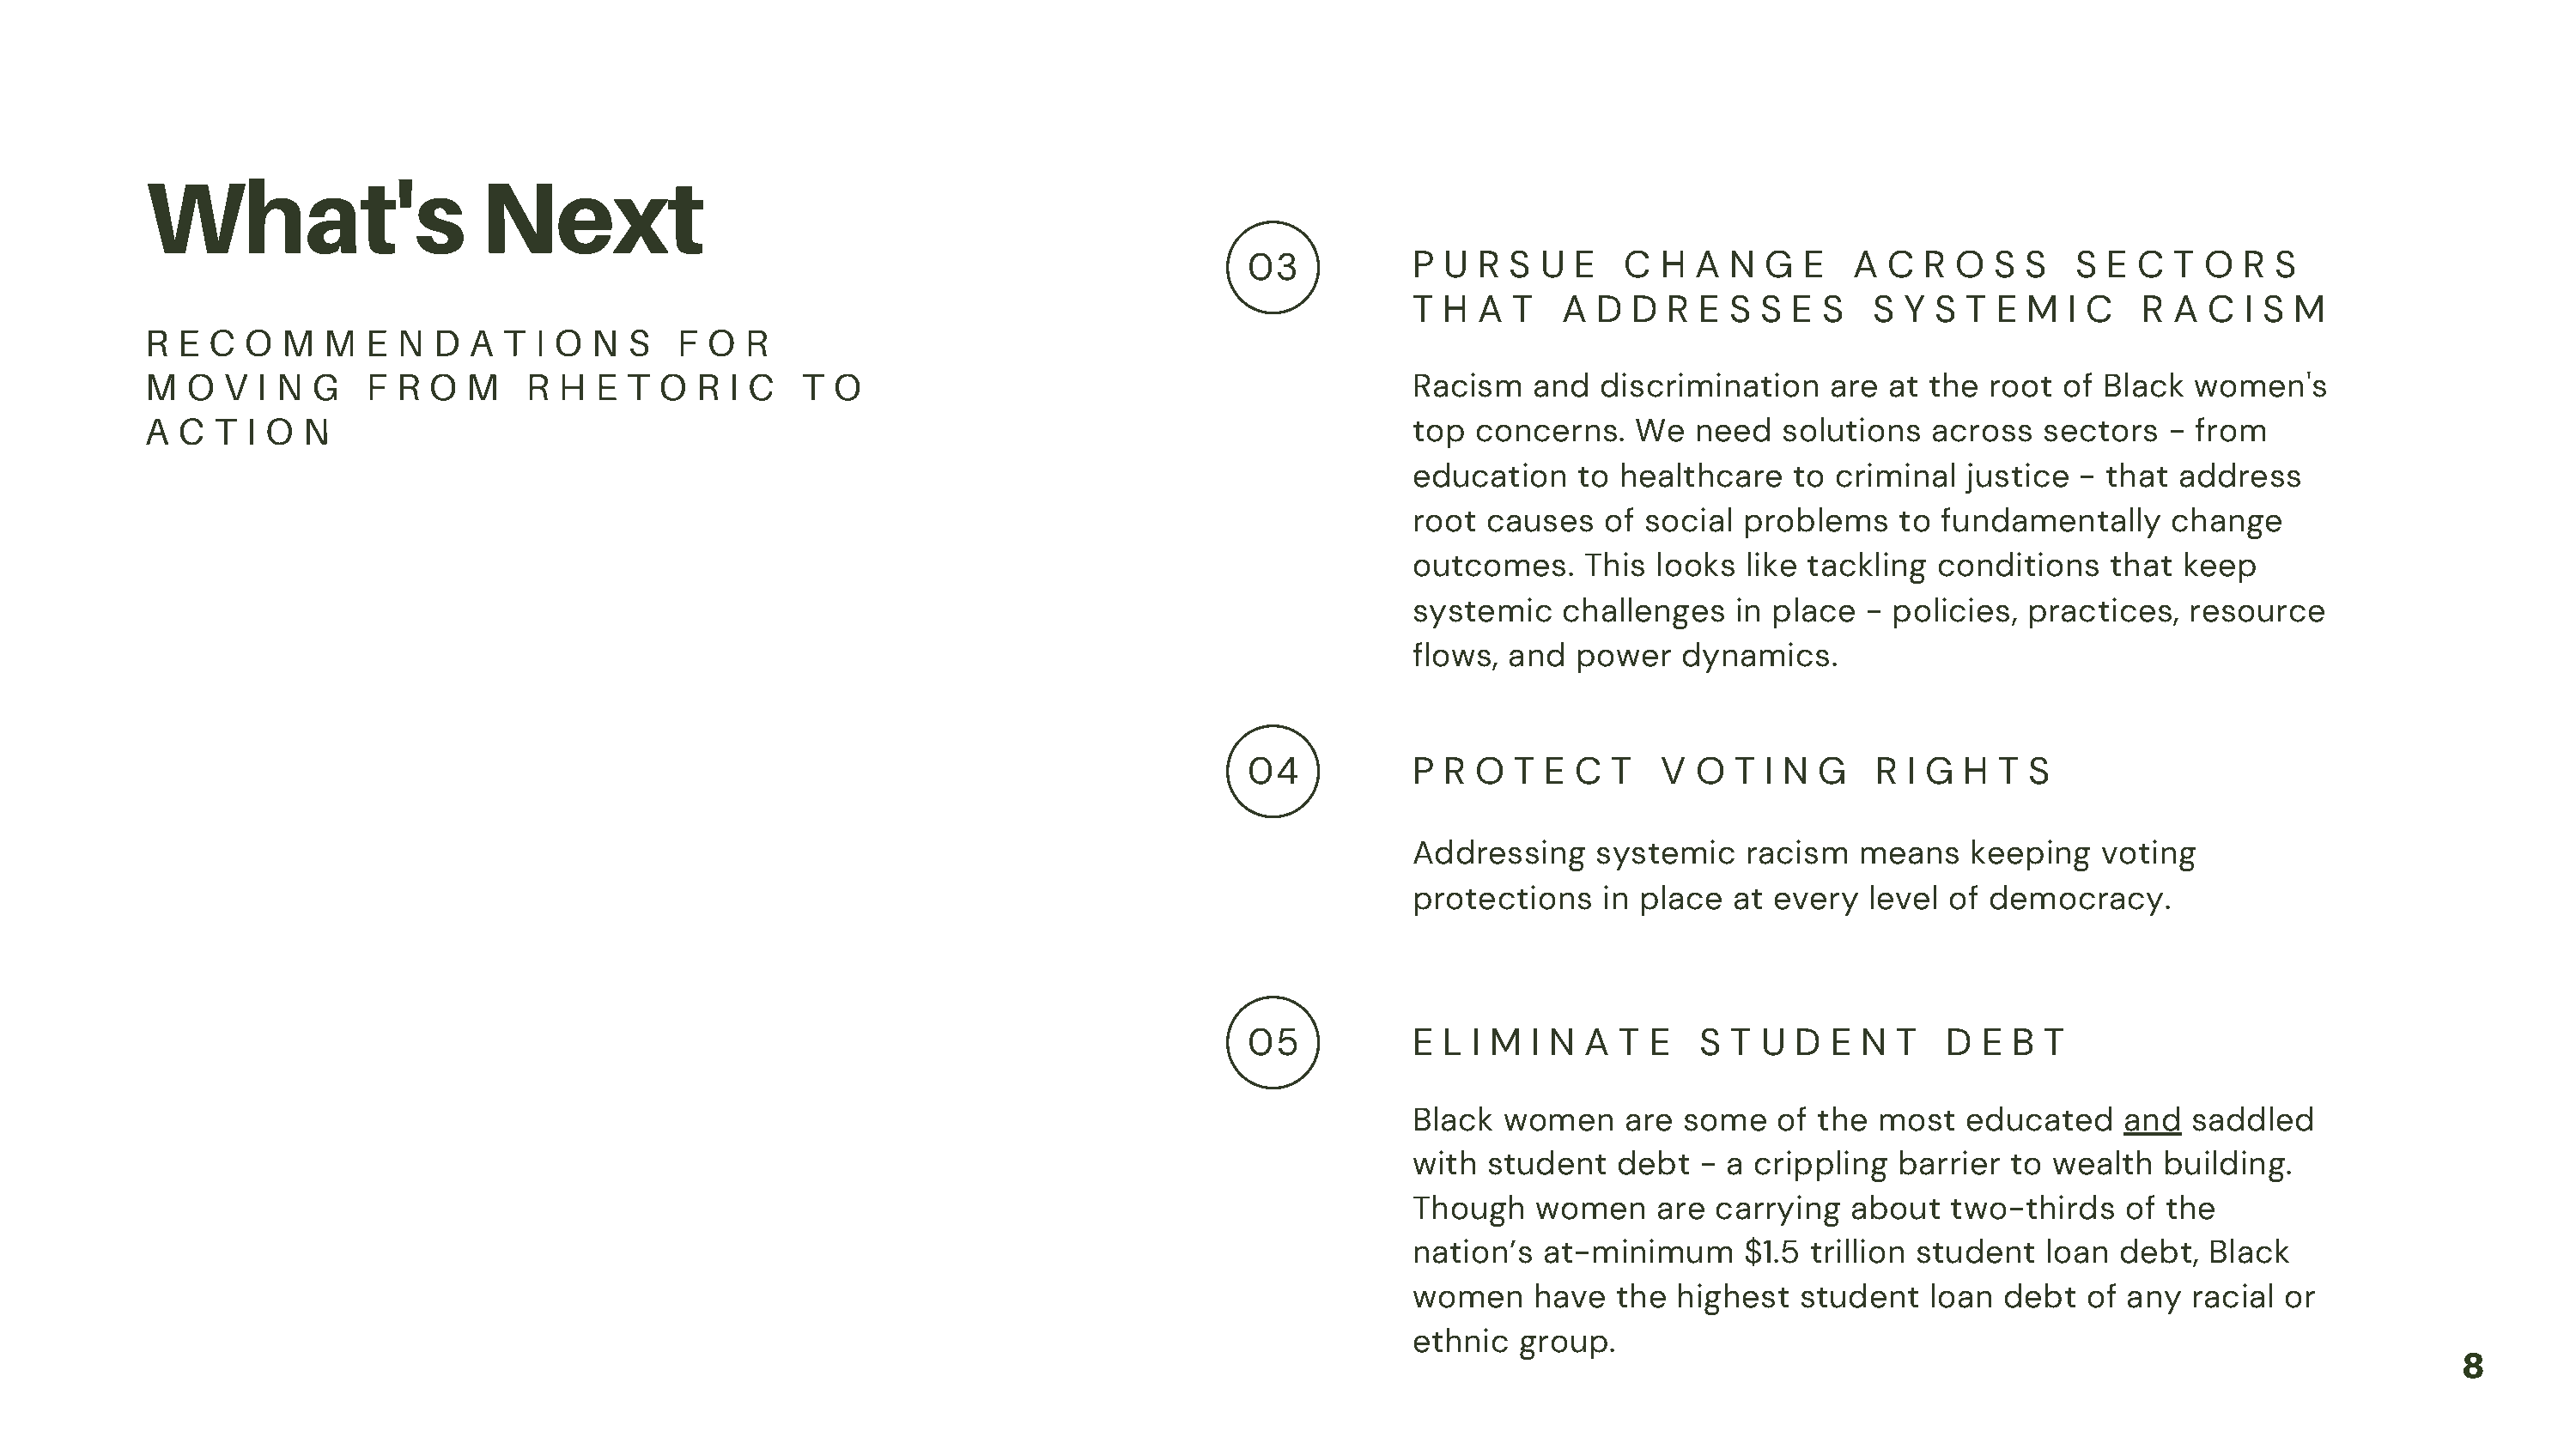
What's                    Next
 03           P U  R S  U E   C  H  A N  G  E   A C  R  O  S S   S E  C  T O  R S
 T H  A  T  A  D  D  R E S  S E S   S  Y S  T E M  I C   R  A C  I S M
 R  E C  O  M  M  E  N D  A  T I O  N S   F  O R
 M  O  V  I N G   F  R O  M    R H  E T  O  R I C   T O
 Racism   and  discrimination    are  at the root  of Black  women's
 A  C T  I O N
 top  concerns.   We   need  solutions   across   sectors  - from
 education    to healthcare   to criminal   justice - that  address
 root  causes   of social problems    to  fundamentally    change
 outcomes.    This  looks  like tackling conditions    that keep
 systemic   challenges    in place  - policies, practices,   resource
 flows, and  power    dynamics.
 04           P R  O  T E C  T   V  O  T I N G    R I G H  T S
 Addressing    systemic    racism  means    keeping   voting
 protections    in place  at every  level of democracy.
 05           E L I M  I N A  T E   S T  U D  E N  T   D  E B  T
 Black  women    are  some   of the  most   educated    and  saddled
 with  student   debt  - a crippling  barrier  to wealth   building.
 Though   women     are carrying   about  two-thirds    of the
 nation’s  at-minimum     $1.5  trillion student  loan debt,  Black
 women    have   the highest   student   loan debt   of any  racial or
 ethnic  group.
 8